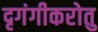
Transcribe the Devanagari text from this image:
दृगंगीकरोतु